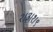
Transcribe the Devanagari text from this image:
२।३।१।९